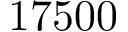
1 7 5 0 0